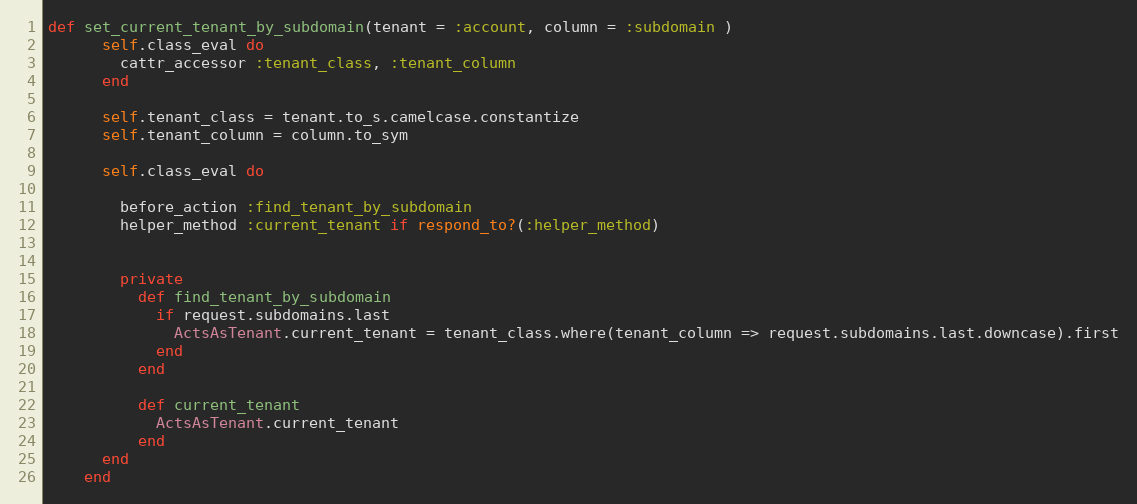
Language: Ruby
def set_current_tenant_by_subdomain(tenant = :account, column = :subdomain )
      self.class_eval do
        cattr_accessor :tenant_class, :tenant_column
      end

      self.tenant_class = tenant.to_s.camelcase.constantize
      self.tenant_column = column.to_sym

      self.class_eval do

        before_action :find_tenant_by_subdomain
        helper_method :current_tenant if respond_to?(:helper_method)

        private
          def find_tenant_by_subdomain
            if request.subdomains.last
              ActsAsTenant.current_tenant = tenant_class.where(tenant_column => request.subdomains.last.downcase).first
            end
          end

          def current_tenant
            ActsAsTenant.current_tenant
          end
      end
    end